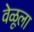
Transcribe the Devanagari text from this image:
वेळूला